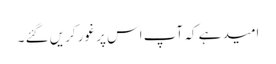
امید ہے کہ آپ اس پر غور کریں گئے ۔